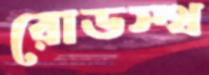
রোডস্থ